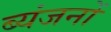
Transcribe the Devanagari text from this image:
ब्यंजनों